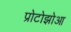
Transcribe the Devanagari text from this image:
प्रोटोझोआ